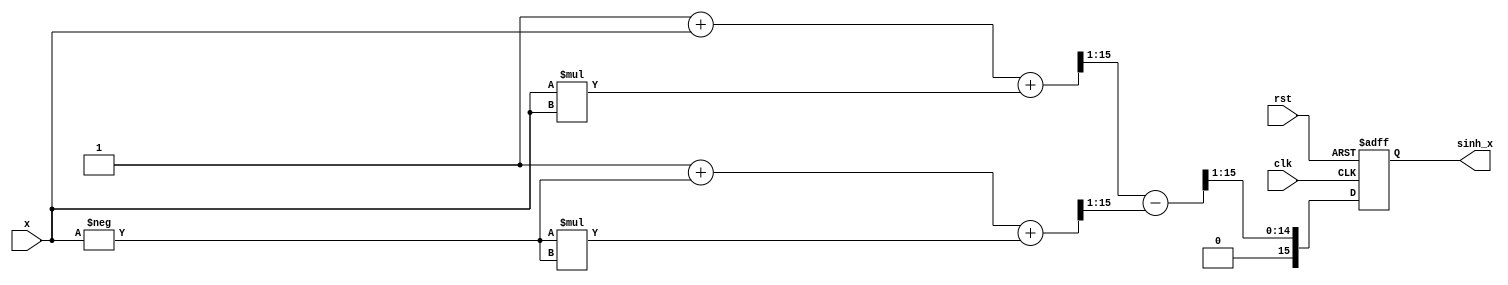
module sinh_arithmetic_block (
    input wire [15:0] x,        // Input value (fixed-point representation)
    output reg [15:0] sinh_x,   // Output value for sinh(x)
    input wire clk,              // Clock signal
    input wire rst               // Reset signal
);

    // Internal signals
    wire [15:0] exp_x;          // e^x
    wire [15:0] exp_neg_x;      // e^-x
    wire [15:0] diff;           // e^x - e^-x
    wire [15:0] div_result;     // Result of (e^x - e^-x) / 2

    // Simple exponential approximation (for demonstration)
    function [15:0] exp_approx;
        input [15:0] val;
        begin
            // Simple approximation: e^x  1 + x + x^2/2! + x^3/3! (limited to a few terms)
            exp_approx = 16'h0001 + val + (val * val) >> 1; // Simple 2-term Taylor series
        end
    endfunction

    // Compute e^x and e^-x
    assign exp_x = exp_approx(x);
    assign exp_neg_x = exp_approx(-x); // Negate x for e^-x

    // Compute e^x - e^-x
    assign diff = exp_x - exp_neg_x;

    // Compute (e^x - e^-x) / 2
    assign div_result = diff >> 1; // Right shift by 1 for division by 2

    // Output logic with pipeline registers
    always @(posedge clk or posedge rst) begin
        if (rst) begin
            sinh_x <= 16'b0; // Reset output
        end else begin
            sinh_x <= div_result; // Update output with result
        end
    end

endmodule